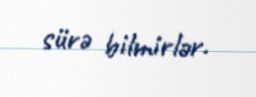
sürə bilmirlər.